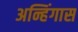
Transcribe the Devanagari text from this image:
अन्हिंगास